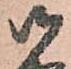
御